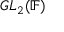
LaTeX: G L _ { 2 } ( \mathbb { F } )